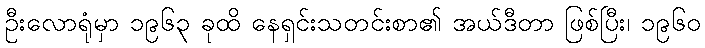
ဦးလောရုံမှာ ၁၉၆၃ ခုထိ နေရှင်းသတင်းစာ၏ အယ်ဒီတာ ဖြစ်ပြီး၊ ၁၉၆၀